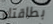
بطاقتك